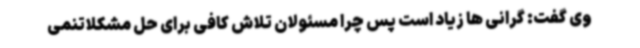
وی گفت: گرانی ها زیاد است پس چرا مسئولان تلاش کافی برای حل مشکلاتنمی